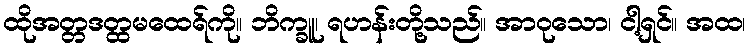
ထိုအတ္တဒတ္ထမထေရ်ကို။ ဘိက္ခူ၊ ရဟန်းတို့သည်။ အာဝုသော၊ ငါ့ရှင်။ အထ၊